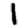
Digit: 1